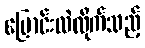
ပြောင်းလဲလိုက်သည့်